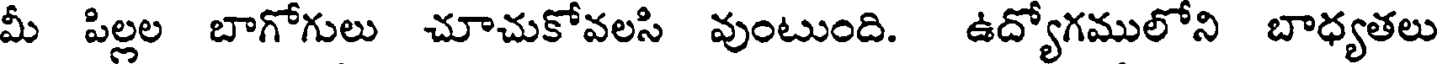
మీ పిల్లల బాగోగులు చూచుకోవలసి వుంటుంది. ఉద్యోగములోని బాధ్యతలు